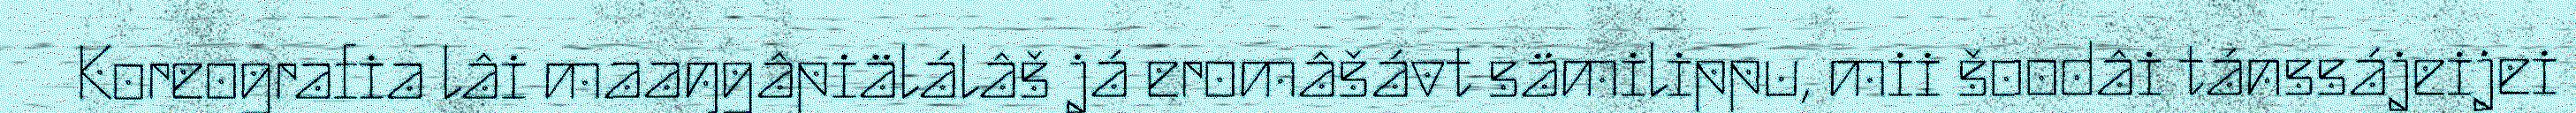
Koreografia lâi maaŋgâpiälálâš já eromâšávt sämilippu, mii šoodâi tánssájeijei